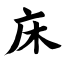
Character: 床